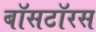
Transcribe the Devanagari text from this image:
बॉसटॉरस